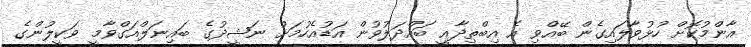
އާންމުކޮށް ހުޅުވާލައިގެން ބޭއްވި އެ އިބްތިދާއީ ބައްދަލުވުން އަޑުއެހުމަށް ނަޝީދުގެ ބައިނަލްއަގްވާމީ ވަކީލުންގެ